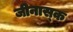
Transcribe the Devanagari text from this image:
जीनास्‍क